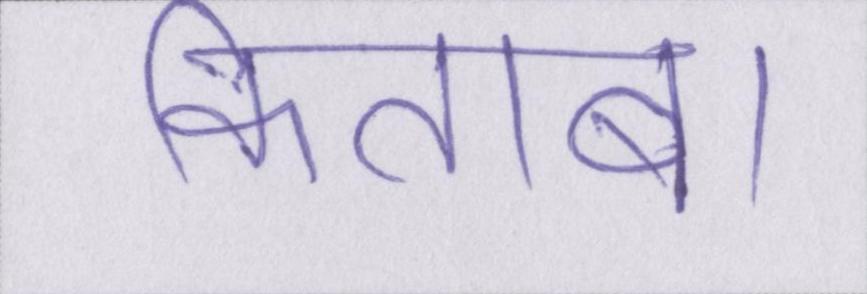
किताब।